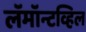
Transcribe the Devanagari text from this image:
लॅमॉन्टव्हिल